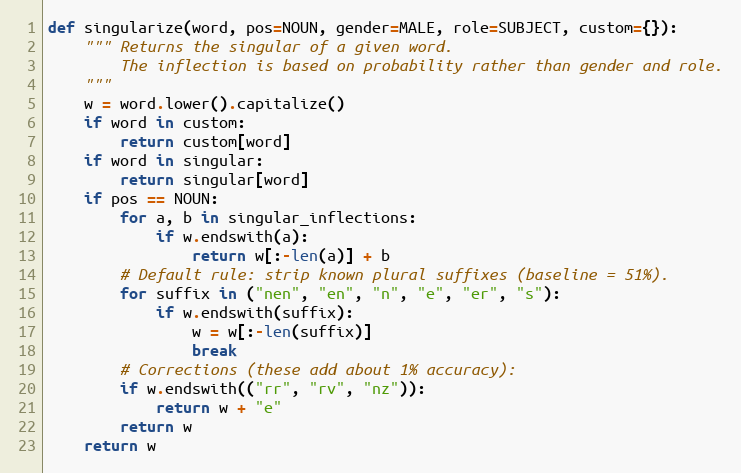
Language: Python
def singularize(word, pos=NOUN, gender=MALE, role=SUBJECT, custom={}):
    """ Returns the singular of a given word.
        The inflection is based on probability rather than gender and role.
    """
    w = word.lower().capitalize()
    if word in custom:
        return custom[word]
    if word in singular:
        return singular[word]
    if pos == NOUN:
        for a, b in singular_inflections:
            if w.endswith(a):
                return w[:-len(a)] + b
        # Default rule: strip known plural suffixes (baseline = 51%).
        for suffix in ("nen", "en", "n", "e", "er", "s"):
            if w.endswith(suffix):
                w = w[:-len(suffix)]
                break
        # Corrections (these add about 1% accuracy):
        if w.endswith(("rr", "rv", "nz")):
            return w + "e"
        return w
    return w